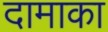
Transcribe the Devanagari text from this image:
दामाका